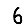
Digit: 6